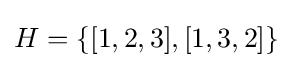
H=\{[1,2,3],[1,3,2]\}